Senior Leaving Certificate Examination (including Day School Certificate (Higher) General paper), 1950
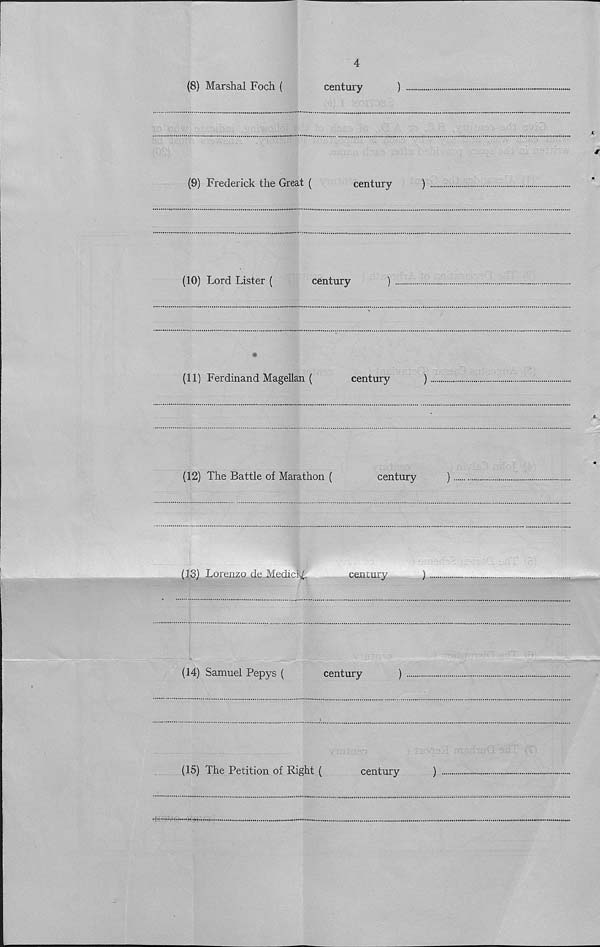
4
(8) Marshal Foch (
century
)
(9) Frederick the Great (
century
)
(10) Lord Lister (
century
)
V
(11) Ferdinand Magellan (
century
)
(12) The Battle of Marathon (
century
)
(13) Lorenzo de.Medici^
century
)
(14) Samuel Pepys (
century
)
(15) The Petition of Right (
century
)